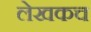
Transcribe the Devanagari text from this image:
लेखकच